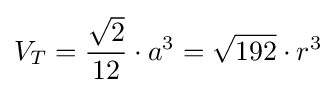
V_{T}={\frac {\sqrt {2}}{12}}\cdot a^{3}={\sqrt {192}}\cdot r^{3}